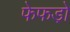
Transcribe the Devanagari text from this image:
फेफडो़